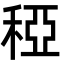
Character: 稏